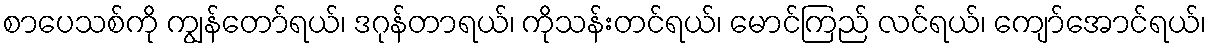
စာပေသစ်ကို ကျွန်တော်ရယ်၊ ဒဂုန်တာရယ်၊ ကိုသန်းတင်ရယ်၊ မောင်ကြည် လင်ရယ်၊ ကျော်အောင်ရယ်၊